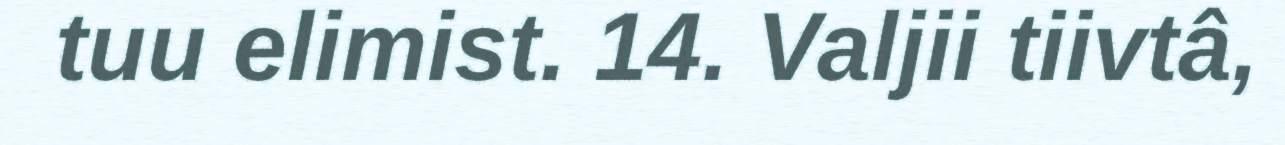
tuu elimist. 14. Valjii tiivtâ,